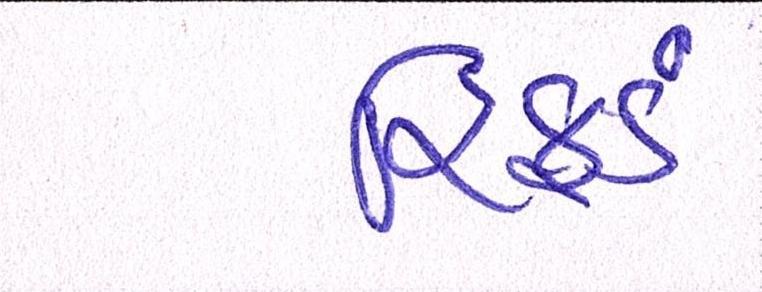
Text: રિફડં